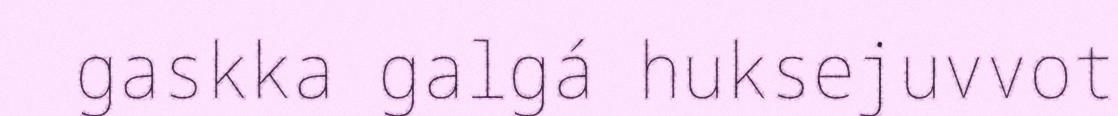
gaskka galgá huksejuvvot